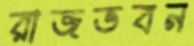
রাজভবন